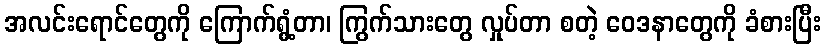
အလင်းရောင်တွေကို ကြောက်ရွံ့တာ၊ ကြွက်သားတွေ လှုပ်တာ စတဲ့ ဝေဒနာတွေကို ခံစားပြီး